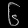
Digit: ၆